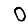
Digit: 0